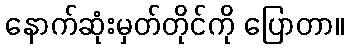
နောက်ဆုံးမှတ်တိုင်ကို ပြောတာ။